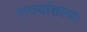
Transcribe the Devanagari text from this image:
राज्यांतल्या